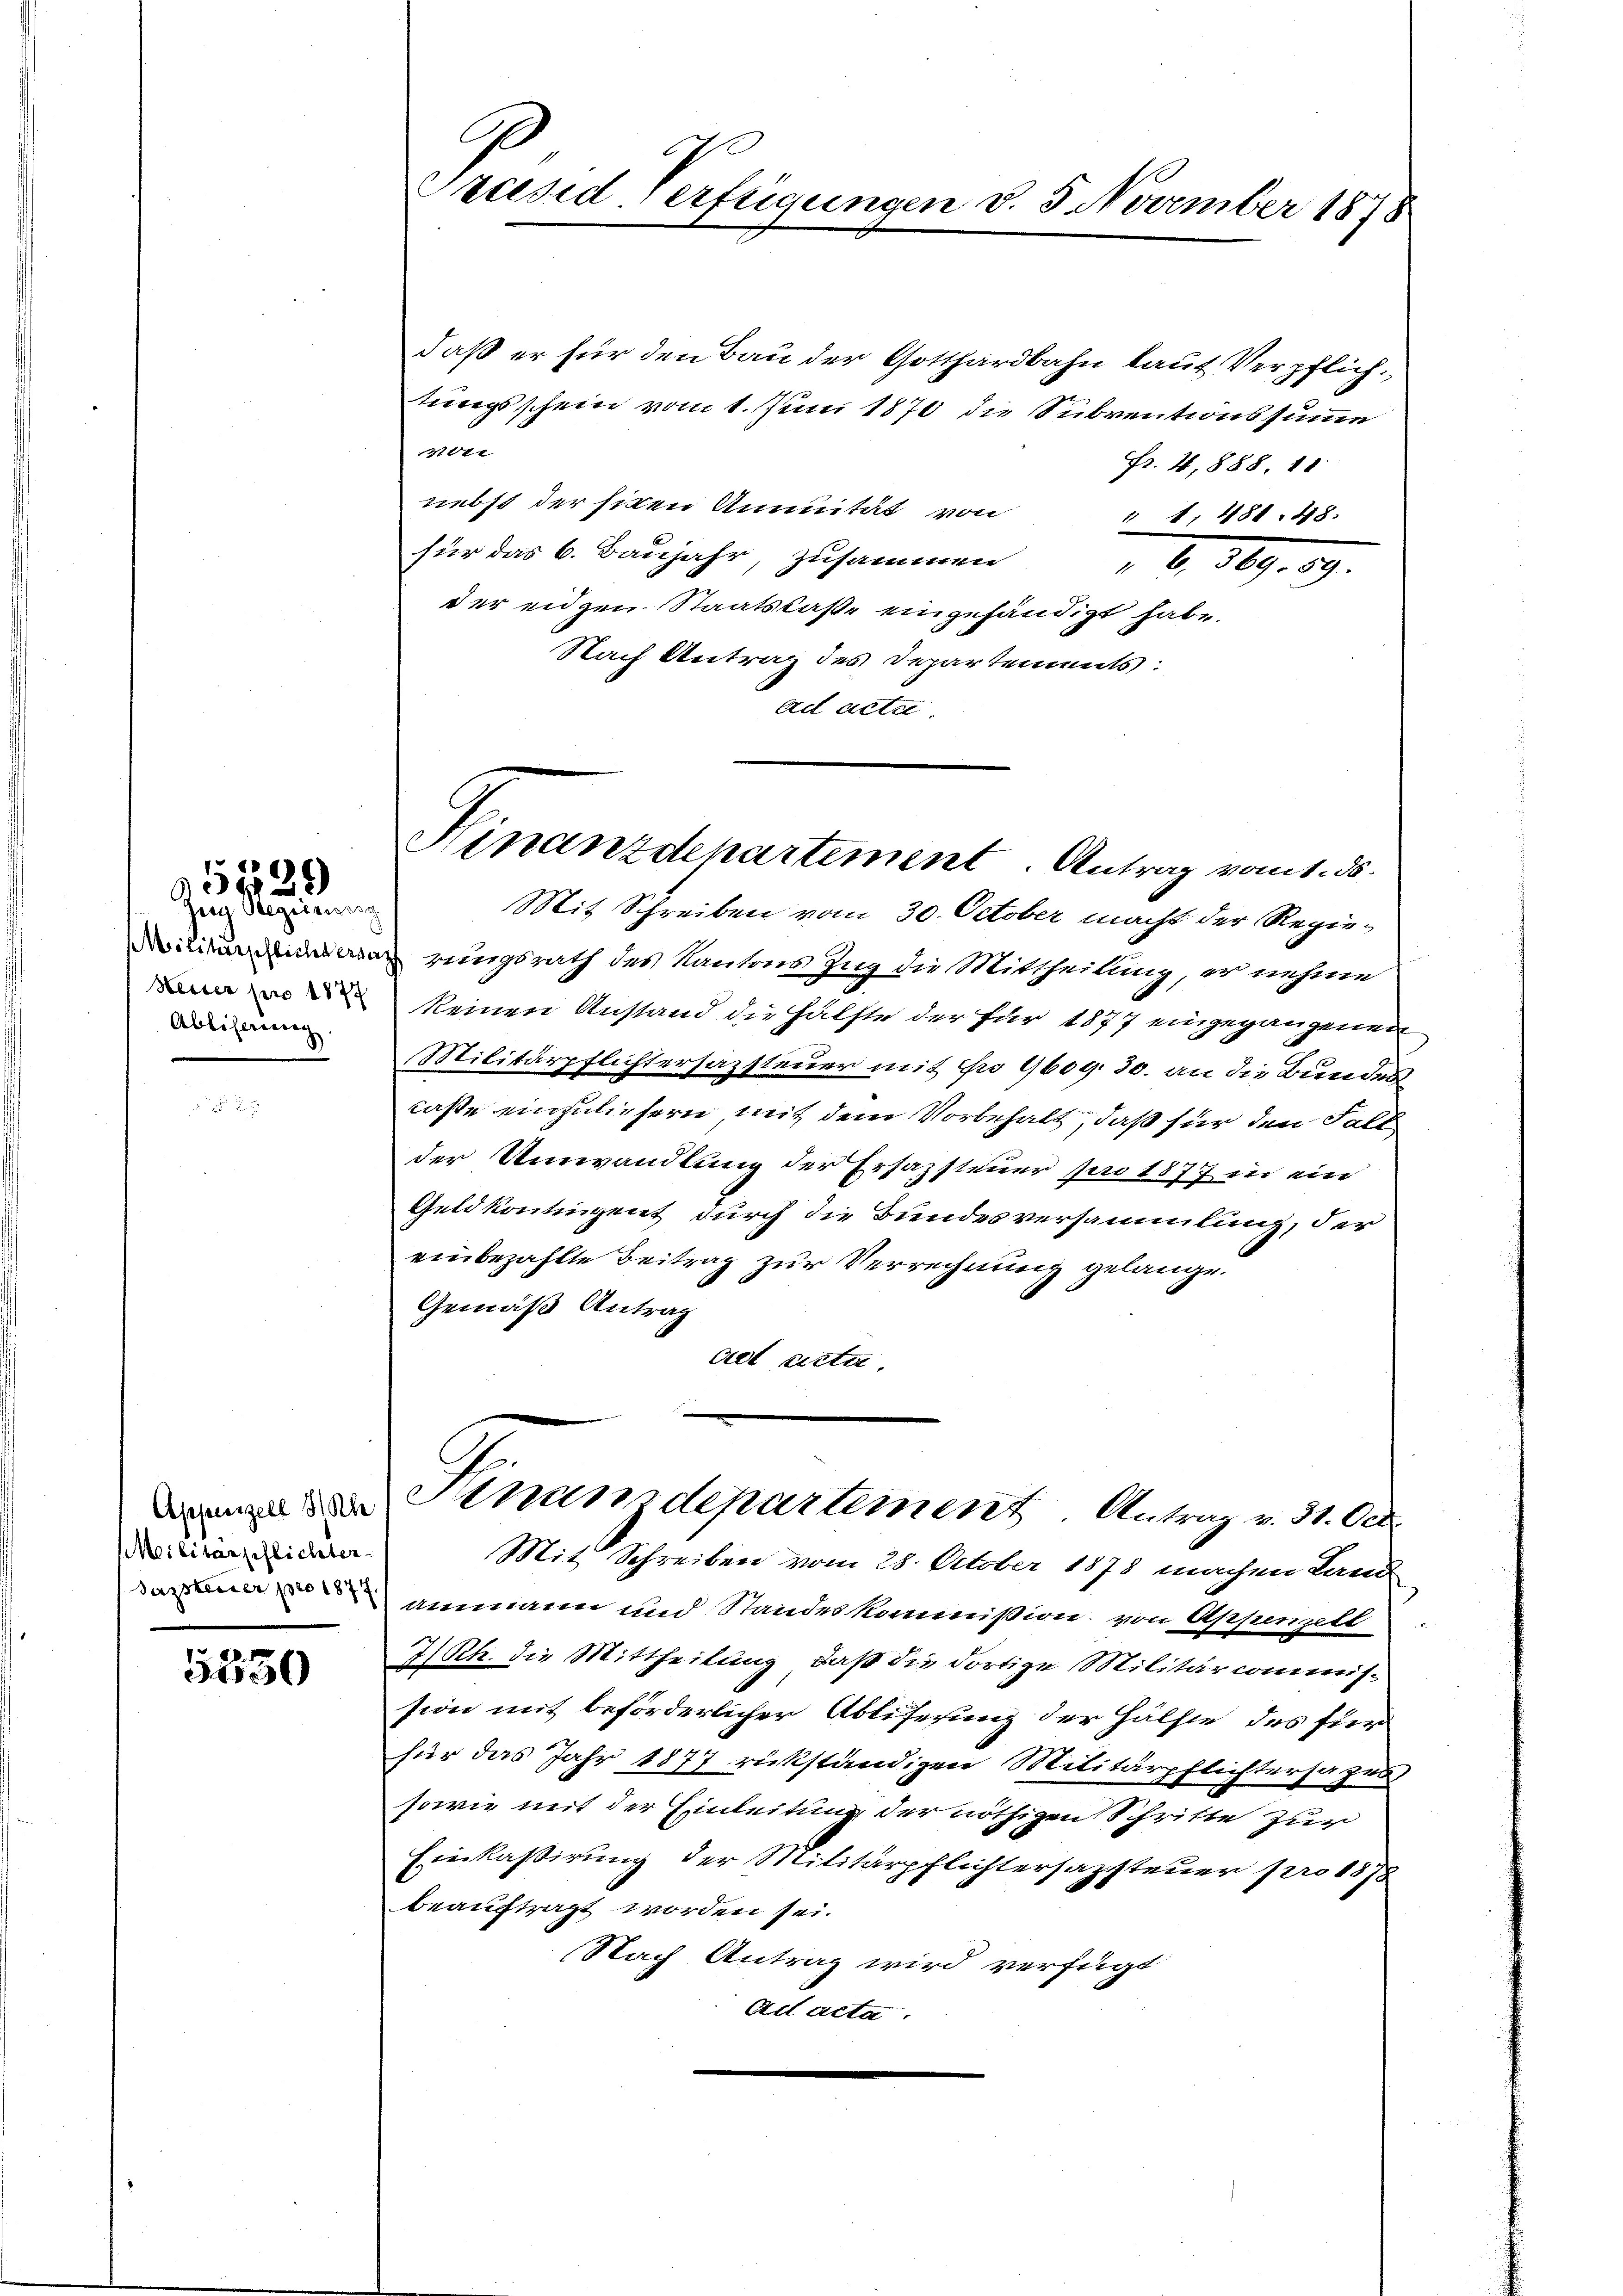
Zug Regierung
Neuer pro 1877
Ablehnung

5530

98)
 x 2

Militärpflichter

Präsid-Verfügungen d. 5. November 1878

daß er für den Bau der Gotthardbahn laut Verpflichtungsschein vom 1. Juni 1870 die Subventionssumme
7761
Fr. 4, 888. 18
nebst der siten Auunität von
" 1, 481. 48.
für das 6. Baujahr, zusammen " 369. 59.
der eidgen. Staatskaße eingehändigt habe.
Nach Antrag des Departements:
Ad acter

Hinanzdepartement. Antrag vom 1. ds.

Mit Schreiben vom 30. October macht der Regieituierungsrath des Kantons Zug die Mittheilung, er nehme
keinen Anstand die Hälfte der für 1877 eingegangenen
Militärpflichtersazsteuer mit No 9609. 30. an die Bundescaße einzuliefern mit dem Vorbehalt, daß für den Fall
der Umwandlung der Ersazsteuer pro 1877 in ein
Geld kontingent durch die Bundesversammlung, der
einbezahlte Beitrag zur Verrechnung gelange.
Gemäß Antrag
aet acta.

Kinandepartement. Antrag v. 31. Oct.

Mit Schreiben vom 28. October 1878 machen Land
ammann und Standeskommißion, von Appenzell
7/Rh. die Mittheilung, daß die dortige Militärcommis-
sion mit beförderlicher Ablieferung der Hälfte des für
für das Jahr 1877 rükständigen Militärpflichtersazen,
sowie mit der Einleitung der nöthigen Schritte zur
Einkassirung der Militärpflichtersazsteuer pro 1878
beauftragt worden sei.
Nach Antrag wird verfügt
Act acta